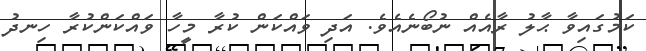
ކަމުގައިވާ ޙާލު ރާއެއް ނުބޯނެއެވެ. އަދި ވައްކަން ކުރާ މީހާ ވައްކަންކުރާ ހިނދު